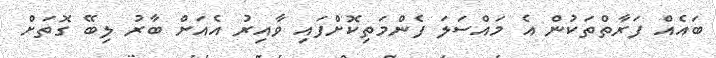
ބައެއް ފަރާތްތަކުން އެ މައްސަލަ ފެންމަތިކޮށްފައި ވާއިރު އެއަށް ބާރު ލިބޭ ގޮތަށް